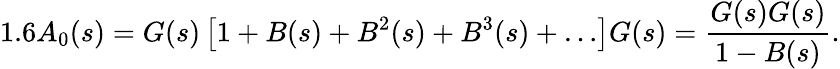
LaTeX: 1.6A_{0}(s)=G(s)\left[1+B(s)+B^{2}(s)+B^{3}(s)+\ldots\right]G(s)=\frac{G(s)G(s)}{1-B(s)}.